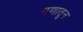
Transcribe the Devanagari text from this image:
गणातून